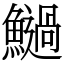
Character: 𩼣